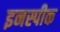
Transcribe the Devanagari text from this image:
इनस्पीक